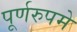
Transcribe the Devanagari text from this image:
पूर्णरुपमे